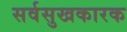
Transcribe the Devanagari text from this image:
सर्वसुखकारक